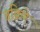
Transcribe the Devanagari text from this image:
चक्रिणे